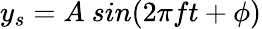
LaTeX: y_{s}=A\ sin(2\pi ft+\phi)